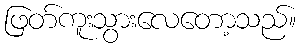
ဖြတ်ကူးသွားလေတော့သည်။